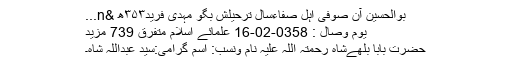
بوالحسین آن صوفیِ اہل صفاءسالِ ترحیلش بگو مہدی فرید۳۵۳ھ &n...
یوم وصال : 0358-02-16 علمائے اسلام متفرق 739 مزید
حضرت بابا بلھےشاہ رحمتہ اللہ علیہ نام ونسب: اسمِ گرامی:سید عبداللہ شاہ۔